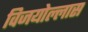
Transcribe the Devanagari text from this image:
विजयोल्लास